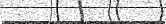
٢